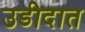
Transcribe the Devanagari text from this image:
उडीदात